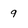
Character: 9